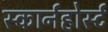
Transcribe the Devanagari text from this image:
स्कार्नहोर्स्ट